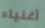
أغنياء